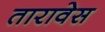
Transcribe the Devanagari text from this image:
तारावेस